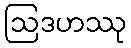
ဩဒဟဿု